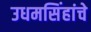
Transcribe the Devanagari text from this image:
उधमसिंहांचे